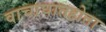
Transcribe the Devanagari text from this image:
वाचाघातहोता